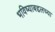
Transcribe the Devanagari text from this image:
भविष्याबद्दलच्या